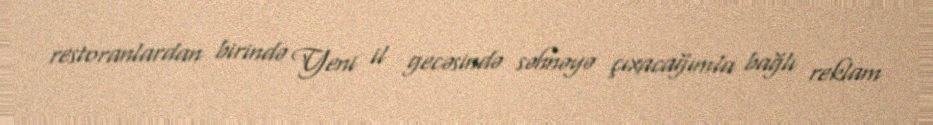
restoranlardan birində Yeni il gecəsində səhnəyə çıxacağımla bağlı reklam